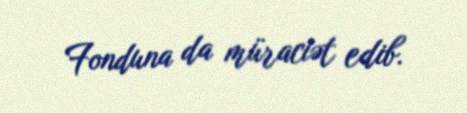
Fonduna da müraciət edib.